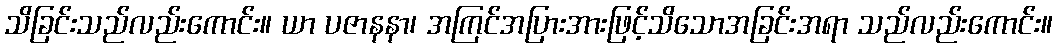
သိခြင်းသည်လည်းကောင်း။ ယာ ပဇာနနာ၊ အကြင်အပြားအားဖြင့်သိသောအခြင်းအရာ သည်လည်းကောင်း။